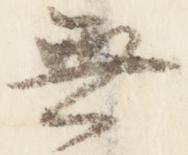
無